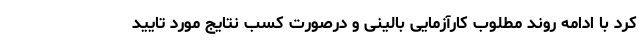
کرد با ادامه روند مطلوب کارآزمایی بالینی و درصورت کسب نتایج مورد تایید